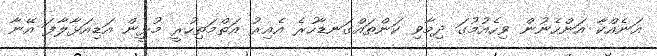
އަނެއްކާ އަންހެނުން ވިހެއުމުގަ ދިމާވި ކަންތައްގަނޑާހުރެ އެއިރު އަތްމަތިހުރީ މުޅީން އަޑިއަޅާލާފަ އޭނާ